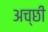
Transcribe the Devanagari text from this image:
अच्छी